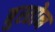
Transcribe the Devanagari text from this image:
बुस्तोन